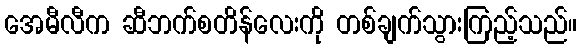
အေမီလီက ဆီဘက်စတိန်လေးကို တစ်ချက်သွားကြည့်သည်။